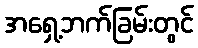
အရှေ့ဘက်ခြမ်းတွင်